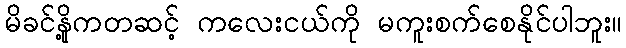
မိခင်နို့ကတဆင့် ကလေးငယ်ကို မကူးစက်စေနိုင်ပါဘူး။